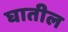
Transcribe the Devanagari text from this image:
घातील